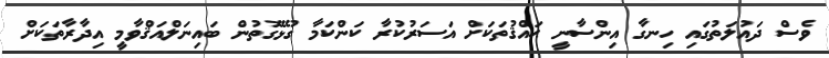
ވެސް ދައުލަތުގައި ހިނގާ އިންސާނީ ޙައްޤުތަކަށް އަސަރުކުރާ ކަންކަމާ ގުޅޭގޮތުން ބައިނަލްއަޤްވާމީ އިދާރާތަކަށް